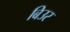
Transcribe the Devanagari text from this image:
बिउर